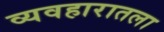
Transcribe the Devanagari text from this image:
व्यवहारातला